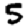
Digit: 5